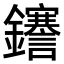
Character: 𮣫